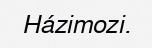
Házimozi.